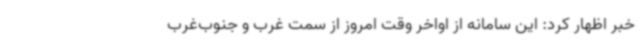
خبر اظهار کرد: این سامانه از اواخر وقت امروز از سمت غرب و جنوب‌غرب